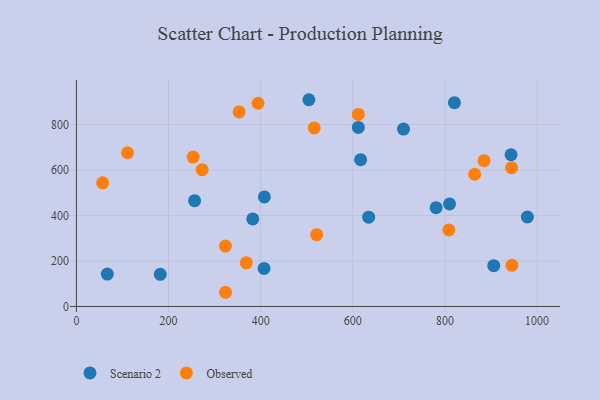
{"axis": {"x": "Study Hours", "y": "Yield"}, "legend": ["Observed", "Scenario 2"], "data": [{"x": "780.9", "y": 434.6, "type": "Scenario 2"}, {"x": "504.7", "y": 909.1, "type": "Scenario 2"}, {"x": "382.9", "y": 385.1, "type": "Scenario 2"}, {"x": "810.1", "y": 450.8, "type": "Scenario 2"}, {"x": "182.1", "y": 141.2, "type": "Scenario 2"}, {"x": "67.1", "y": 142.4, "type": "Scenario 2"}, {"x": "710.1", "y": 780.1, "type": "Scenario 2"}, {"x": "256.6", "y": 465.2, "type": "Scenario 2"}, {"x": "408.1", "y": 481.7, "type": "Scenario 2"}, {"x": "906.1", "y": 179.2, "type": "Scenario 2"}, {"x": "407.4", "y": 167.1, "type": "Scenario 2"}, {"x": "634.6", "y": 392.6, "type": "Scenario 2"}, {"x": "979.1", "y": 393.3, "type": "Scenario 2"}, {"x": "612.1", "y": 787.3, "type": "Scenario 2"}, {"x": "943.7", "y": 667.2, "type": "Scenario 2"}, {"x": "617.0", "y": 645.4, "type": "Scenario 2"}, {"x": "820.7", "y": 896.2, "type": "Scenario 2"}, {"x": "368.9", "y": 192.0, "type": "Observed"}, {"x": "808.6", "y": 336.5, "type": "Observed"}, {"x": "323.6", "y": 62.4, "type": "Observed"}, {"x": "944.9", "y": 610.1, "type": "Observed"}, {"x": "272.9", "y": 601.3, "type": "Observed"}, {"x": "885.1", "y": 641.1, "type": "Observed"}, {"x": "612.1", "y": 844.4, "type": "Observed"}, {"x": "353.3", "y": 855.4, "type": "Observed"}, {"x": "945.6", "y": 181.0, "type": "Observed"}, {"x": "110.9", "y": 675.9, "type": "Observed"}, {"x": "394.3", "y": 893.6, "type": "Observed"}, {"x": "521.7", "y": 315.6, "type": "Observed"}, {"x": "56.9", "y": 543.7, "type": "Observed"}, {"x": "516.3", "y": 784.9, "type": "Observed"}, {"x": "253.5", "y": 656.7, "type": "Observed"}, {"x": "864.7", "y": 581.4, "type": "Observed"}, {"x": "323.6", "y": 265.6, "type": "Observed"}]}